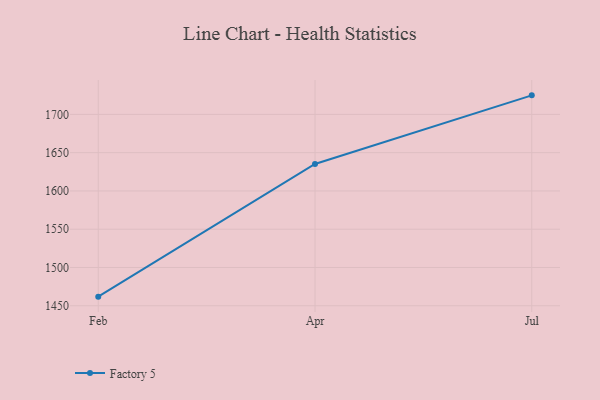
{"axis": {"x": "Month", "y": "Active Users"}, "legend": ["Factory 5"], "data": [{"x": "Feb", "y": 1461.9, "type": "Factory 5"}, {"x": "Apr", "y": 1635.3, "type": "Factory 5"}, {"x": "Jul", "y": 1724.9, "type": "Factory 5"}]}